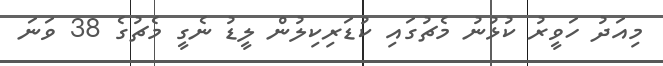
މިއަދު ހަވީރު ކުޅުނު މެޗުގައި ކުޑަރިކިލުން ލީޑު ނެގީ މެޗުގެ 38 ވަނަ